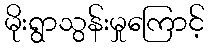
မိုးရွာသွန်းမှုကြောင့်